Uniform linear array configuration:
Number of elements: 8
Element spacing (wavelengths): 0.25
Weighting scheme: cosine
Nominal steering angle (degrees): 60
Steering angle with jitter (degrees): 60.704
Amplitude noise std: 0.05
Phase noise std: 0.05

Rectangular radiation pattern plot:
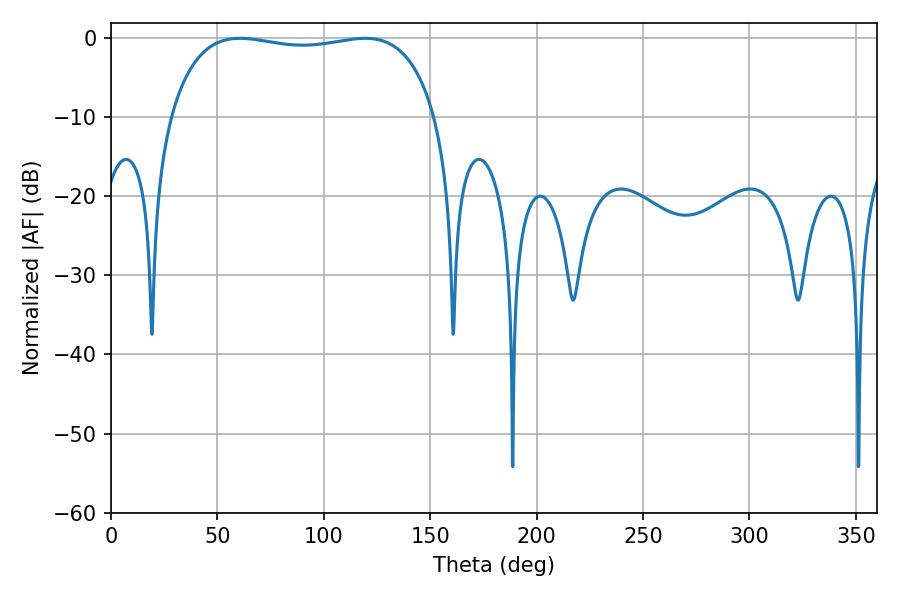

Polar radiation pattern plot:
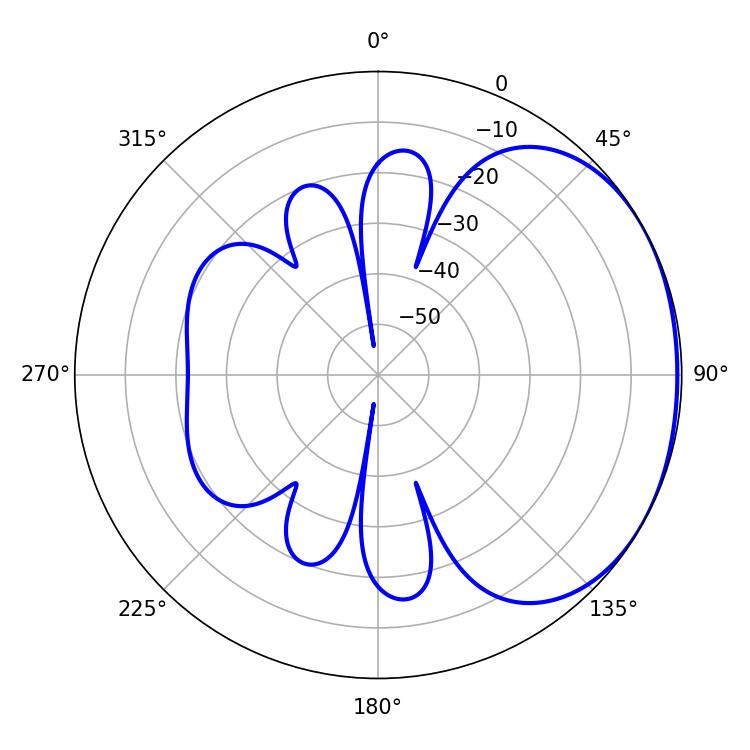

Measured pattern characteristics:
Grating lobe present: FALSE
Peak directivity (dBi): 1.509
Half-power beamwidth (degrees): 100.8
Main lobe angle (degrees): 60.48